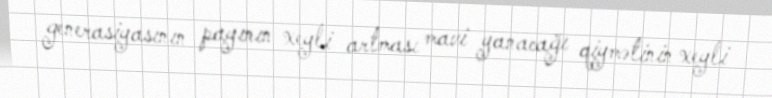
generasiyasının payının xeyli artması mavi yanacağı qiymətinin xeyli